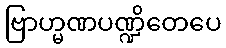
ဗြာဟ္မဏပဏ္ဍိတေပေ